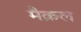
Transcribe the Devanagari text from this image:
मैक्रल